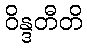
ဝိန္ဒတီတိ